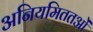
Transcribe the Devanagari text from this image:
अनियमिततओं